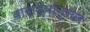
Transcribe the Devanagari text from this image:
वाटाड्यांनुसार